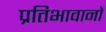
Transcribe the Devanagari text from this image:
प्रतिभावानों